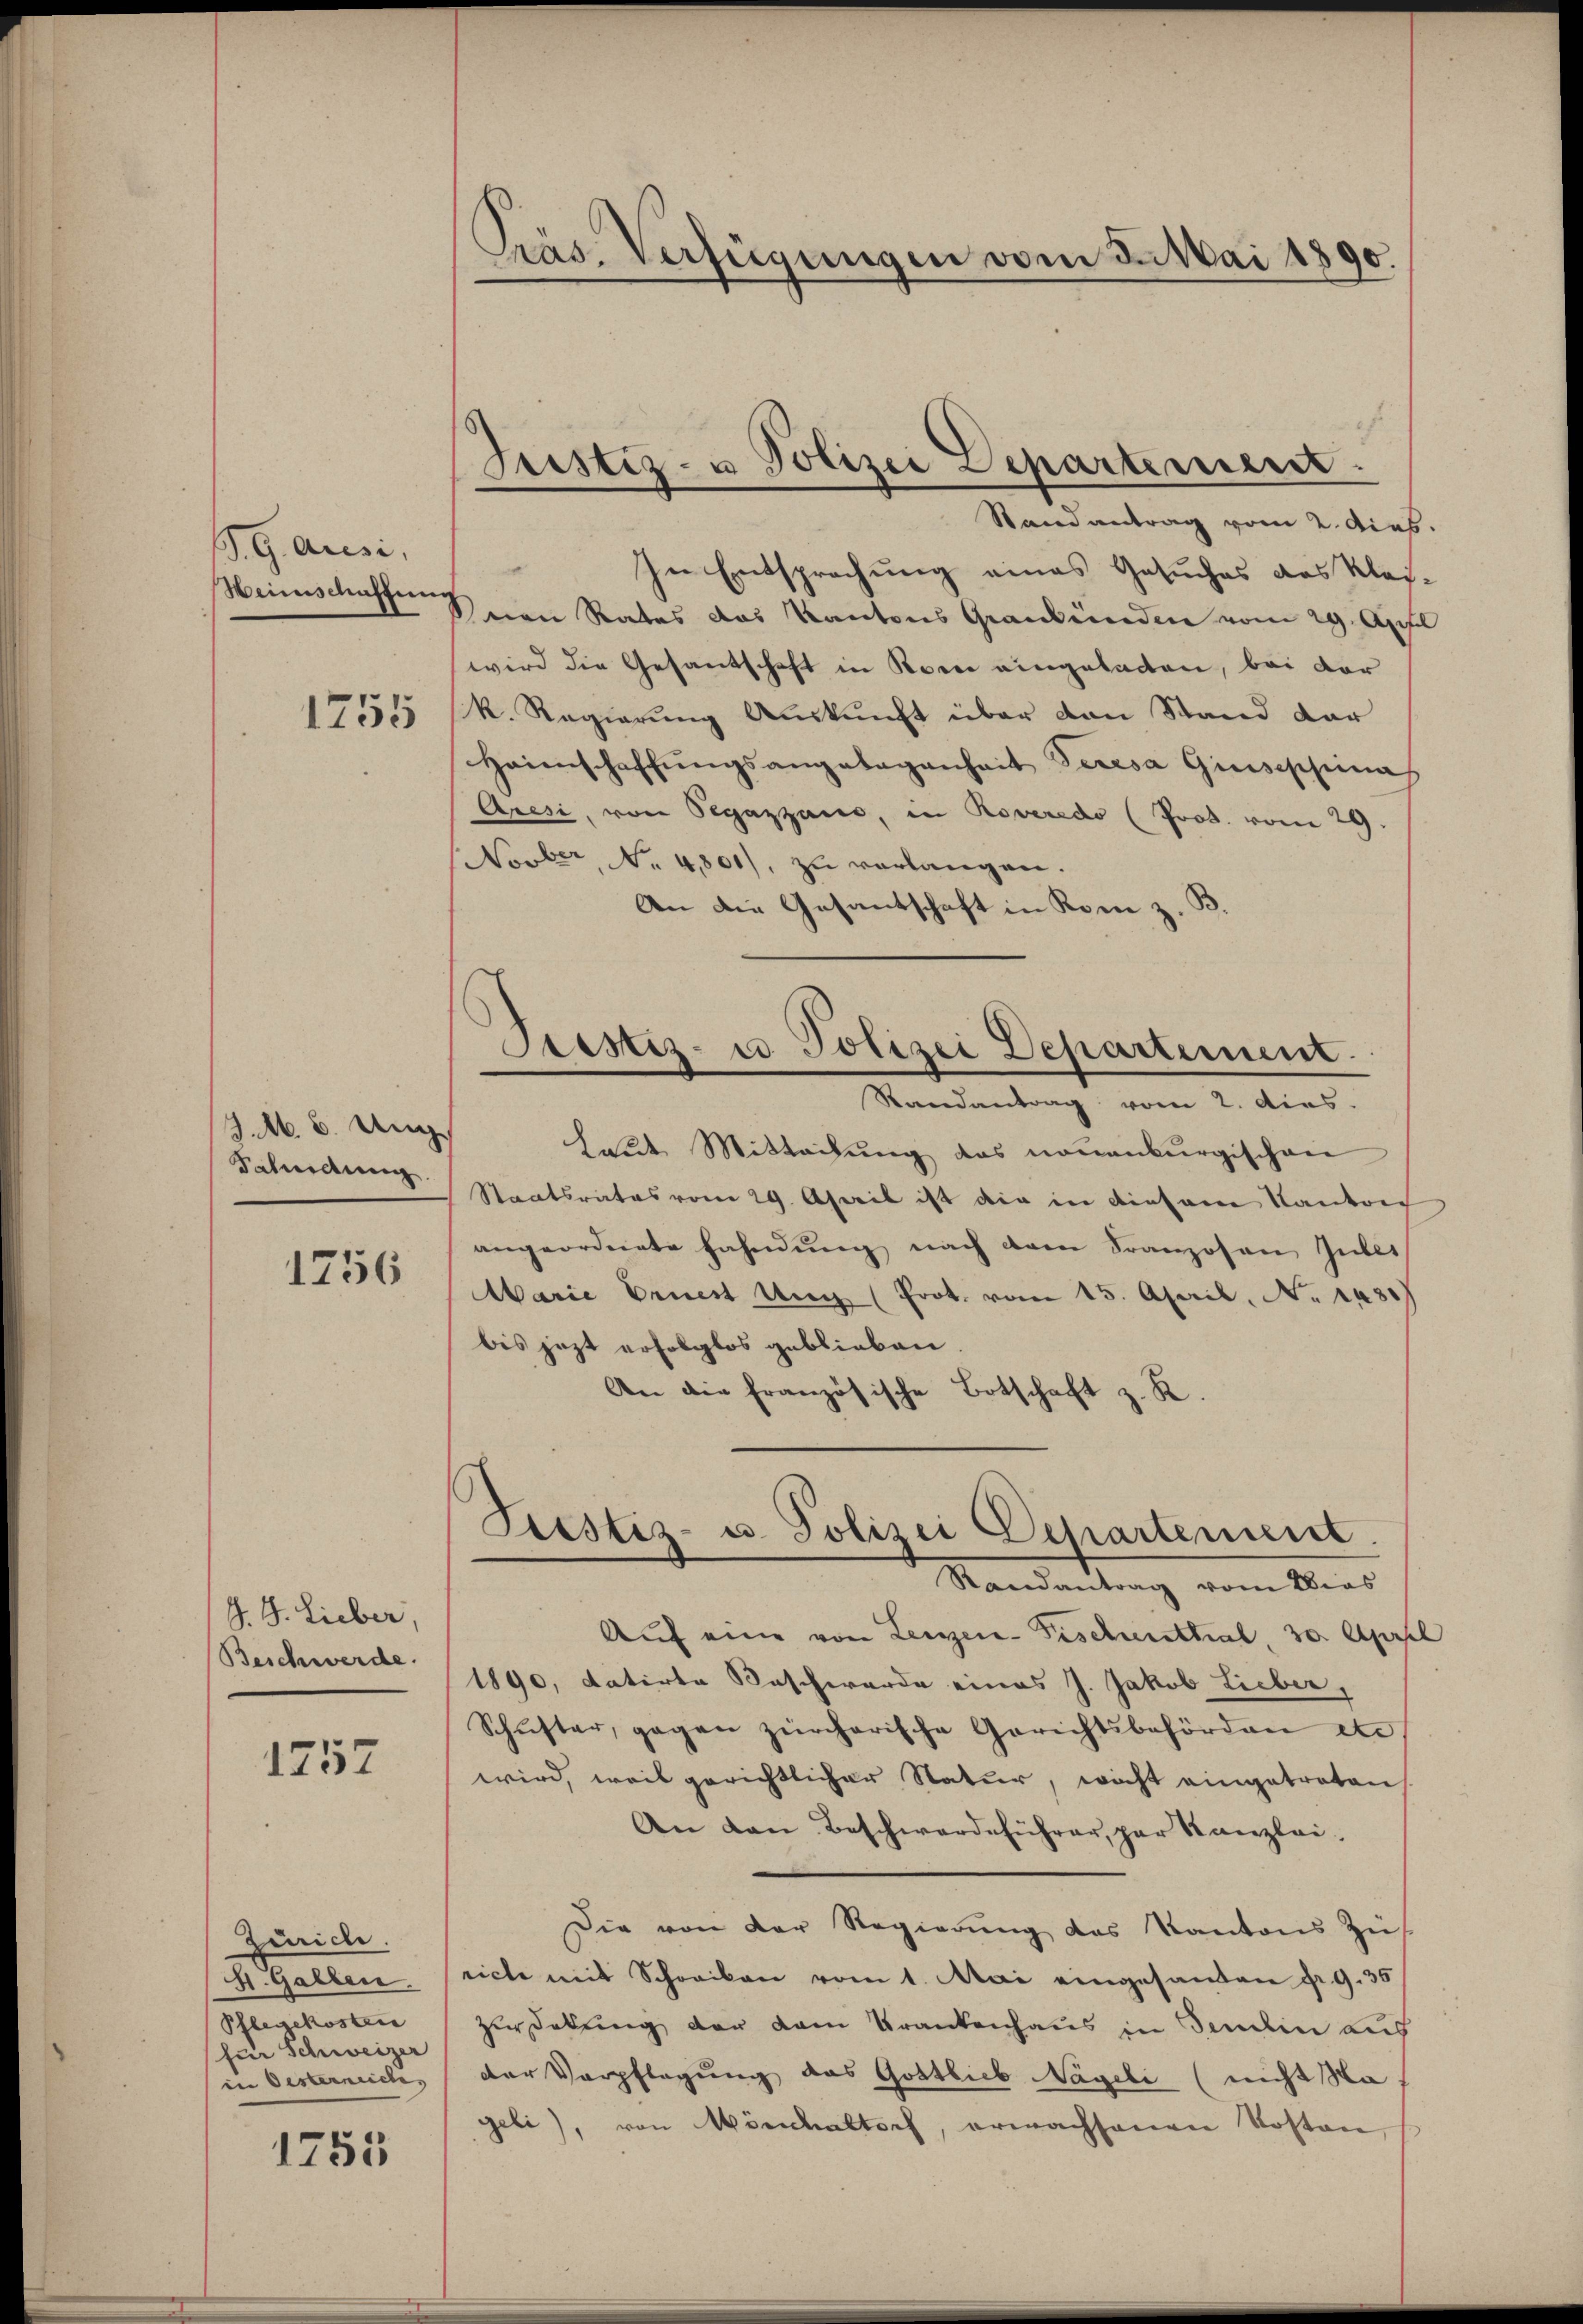
G.Garesi,
Weinschaffen

1755

J.M. 6. Aug.
Scheidung.

1756

J. J. Lieber,
Beschwerde.

1257

Zürich.
S. Gallen
Pflegekosten
für Schweizer
in Oesterneiches

1755

Präs. Verfügungen vom 5. Mai 1890.

In Entsprechung eines Gesuches das Klei
nan Rates das Kantons Graubünden vom 29. Aus
wird die Gesandschaft in Korn eingeladen, bei der
k. Regierŭng Auskunft über den Stand dar
Haimschaffŭngsangelagenheit deresa Giusephina
Aresi, von Pegazzans, in Roveredo (Prok. vom 29.
Novber, No. 4801), zu verlangen.
An die Gesantschaft in Rom z. B.
halde Mitteilung das neuenburgischen
Staatsrates vom 29. April ist die in diesene Kanton
angeordnete Fahndŭng nach dem Franzosen Guber
Marie Ernest Ung (Prot. vom 15. April, No. 1431)
bis jezt erfolglos geblieben
An die französische Botschaft z. R.
Picstiz- u. Polizei Departement.
Randantrag vom Dies
Aŭf eine von Lenzen- Fischenthal, 30. Apr
1890, datirte Beschwerde eines J. Jakob Lieber,
Schŭster, gegen zürcherische Gerichtsbehörden etc
wird, weil gerichtlicher Natur, wicht eingetreten
An den Beschwerdeführer, par Kanzlei-
Die von der Regierung des Kantons Züricte mit Schreiben vom 1. Mai eingesanden fr. 9. 35
Zedelung der dem Krankenhaus in Tendein auf
der Verpflegung das Gottlieb Nägeli (nicht Na,
geli), von Mönchaltsch, erwachsenen Kosten,

Justiz- u Polizei Departement.
Stand antrag vom 2. Dies

Prestiz- u Polizei Departement.
Randantrag vom 2. dies.